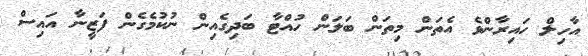
އާހިލް ހައިރާންވެ އެތަން މިތަން ބަލަން ހުއްޓާ ބަދިގެއިން ނުކުމެގެން ފަޒީނާ އައިސް